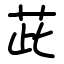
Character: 茈